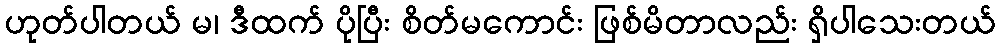
ဟုတ်ပါတယ် မ၊ ဒီထက် ပိုပြီး စိတ်မကောင်း ဖြစ်မိတာလည်း ရှိပါသေးတယ်